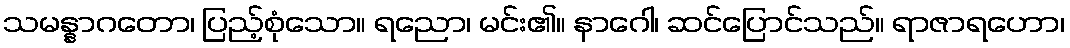
သမန္နာဂတော၊ ပြည့်စုံသော။ ရညော၊ မင်း၏။ နာဂေါ၊ ဆင်ပြောင်သည်။ ရာဇာရဟော၊